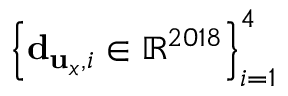
\left\{ { \bf d } _ { { \bf u } _ { x } , i } \in \mathbb { R } ^ { 2 0 1 8 } \right\} _ { i = 1 } ^ { 4 }